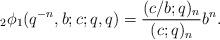
LaTeX: \begin{align*}{_2\phi_1}(q^{-n},b;c;q,q) = \frac{(c/b;q)_n}{(c;q)_n} b^n.\end{align*}